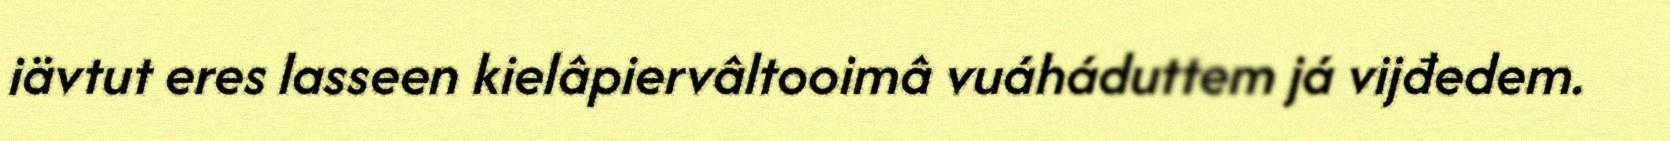
iävtut eres lasseen kielâpiervâltooimâ vuáháduttem já vijđedem.